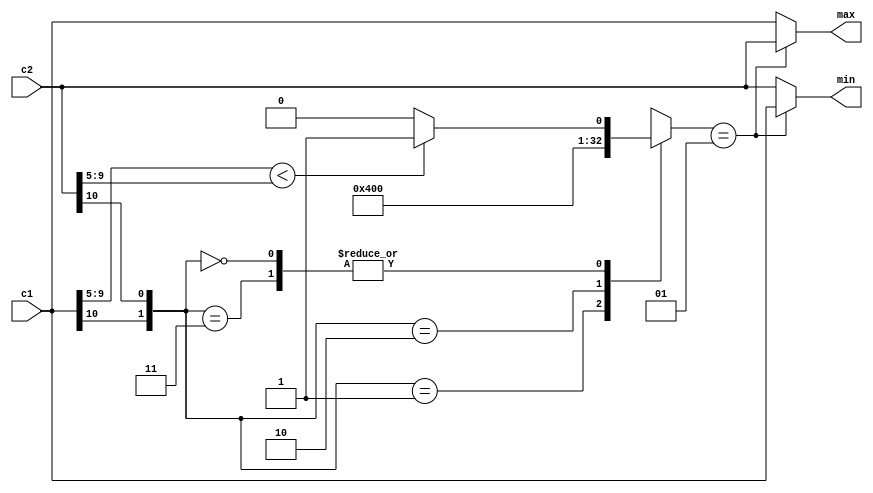
`timescale 1ns / 1ps
//////////////////////////////////////////////////////////////////////////////////
// Company: 
// Engineer: 
// 
// Design Name: 
// Module Name: cmp
// Project Name: 
// Target Devices: 
// Tool Versions: 
// Description: 
// 
// Dependencies: 
// 
// Revision:
// Revision 0.01 - File Created
// Additional Comments:
// 
//////////////////////////////////////////////////////////////////////////////////


module cmp(c1, c2, max, min);
    input [10:0] c1,c2;
    output [10:0] max, min;
    
    reg signed [10:0] comp_out;
    reg signed [10:0] max, min;
    
    always@(*) begin
        case({c1[10],c2[10]})
            2'b01:begin   /* c1 : + ,  c2 : - */
                comp_out = 0;
            end
            2'b10:begin   /* c1 : - ,  c2 : + */
                comp_out = 1;
            end
            2'b11:begin   /* c1 : - ,  c2 : - */
                if (c1[9:5] < c2[9:5])
                    comp_out = 1;
                else
                    comp_out = 0;
            end
            2'b00:begin   /* c1 : + ,  c2 : + */
                if (c1[9:5] < c2[9:5])
                    comp_out = 1;
                else
                    comp_out = 0;
            end
            default:begin
                comp_out = 0;
            end
        endcase
    end
    
//    assign cout = comp_out ? c1 : c2;
    always@(*) begin
        if(comp_out == 1) begin
            max = c2;
            min = c1;
        end else begin
            max = c1;
            min = c2;
        end
    end
    
endmodule